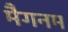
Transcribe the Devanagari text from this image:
मैगनम